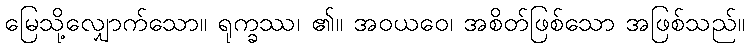
မြေသို့လျှောက်သော။ ရုက္ခဿ၊ ၏။ အဝယဝေ၊ အစိတ်ဖြစ်သော အဖြစ်သည်။